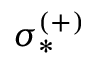
\sigma _ { * } ^ { ( + ) }